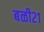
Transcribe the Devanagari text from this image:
बळी२१